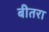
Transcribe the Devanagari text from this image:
बीतरा